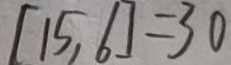
[ 1 5 , 6 ] = 3 0